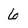
Character: 6